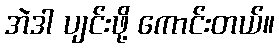
အဲဒါ ပျင်းဖို့ ကောင်းတယ်။